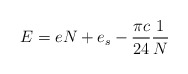
\begin{align*}E = e N + e_s -\frac{\pi c}{24} \frac{1}{N} \end{align*}